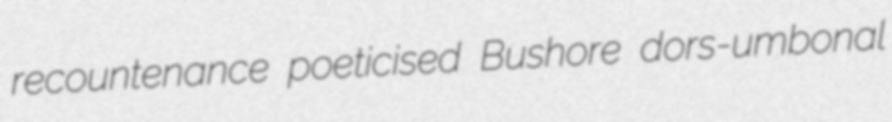
recountenance poeticised Bushore dors-umbonal